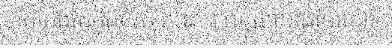
គេតែងតែកត់សំគាល់នោះ អាស្រ័យដោយសារ